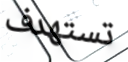
تستهدف